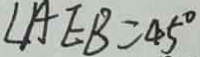
\angle A E B = 4 5 ^ { \circ }